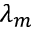
\lambda _ { m }